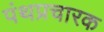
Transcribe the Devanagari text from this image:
पंथप्रचारक